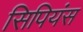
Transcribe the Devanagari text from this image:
सिपियंस